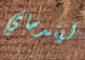
ليندساي